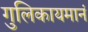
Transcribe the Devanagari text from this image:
गुलिकायमानं